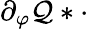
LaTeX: \partial_{\varphi}\mathcal{Q}\ast\cdot